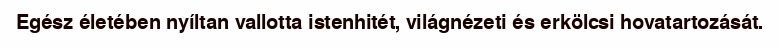
Egész életében nyíltan vallotta istenhitét, világnézeti és erkölcsi hovatartozását.